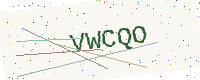
Text: VWCQO